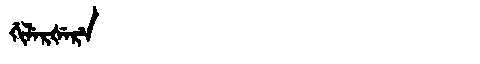
Manchu: ᡤᡳᠯᡝᡵᡧᡝᡵᡝ
Romanization: GILERŠERE